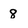
Character: 8